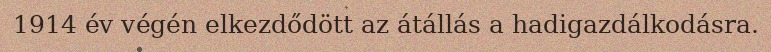
1914 év végén elkezdődött az átállás a hadigazdálkodásra.